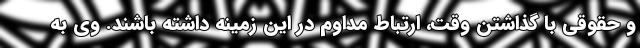
و حقوقی با گذاشتن وقت، ارتباط مداوم در این زمینه داشته باشند. وی به